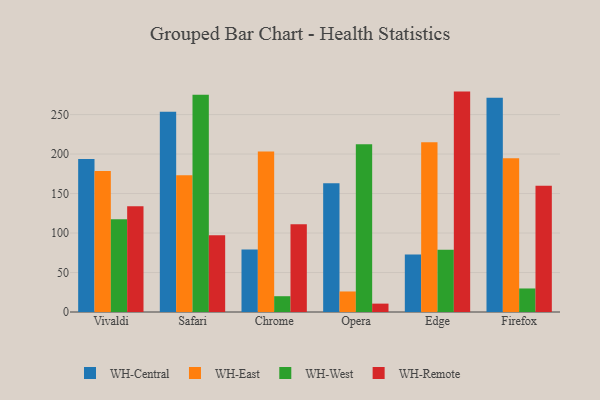
{"axis": {"x": "Browser", "y": "Population (Million)"}, "legend": ["WH-Central", "WH-East", "WH-Remote", "WH-West"], "data": [{"x": "Vivaldi", "y": 193.6, "type": "WH-Central"}, {"x": "Vivaldi", "y": 178.4, "type": "WH-East"}, {"x": "Vivaldi", "y": 117.3, "type": "WH-West"}, {"x": "Vivaldi", "y": 133.8, "type": "WH-Remote"}, {"x": "Safari", "y": 253.5, "type": "WH-Central"}, {"x": "Safari", "y": 173.3, "type": "WH-East"}, {"x": "Safari", "y": 275.2, "type": "WH-West"}, {"x": "Safari", "y": 97.2, "type": "WH-Remote"}, {"x": "Chrome", "y": 79.2, "type": "WH-Central"}, {"x": "Chrome", "y": 203.3, "type": "WH-East"}, {"x": "Chrome", "y": 20.0, "type": "WH-West"}, {"x": "Chrome", "y": 111.1, "type": "WH-Remote"}, {"x": "Opera", "y": 163.1, "type": "WH-Central"}, {"x": "Opera", "y": 26.0, "type": "WH-East"}, {"x": "Opera", "y": 212.3, "type": "WH-West"}, {"x": "Opera", "y": 10.6, "type": "WH-Remote"}, {"x": "Edge", "y": 72.8, "type": "WH-Central"}, {"x": "Edge", "y": 214.9, "type": "WH-East"}, {"x": "Edge", "y": 78.8, "type": "WH-West"}, {"x": "Edge", "y": 279.1, "type": "WH-Remote"}, {"x": "Firefox", "y": 271.3, "type": "WH-Central"}, {"x": "Firefox", "y": 194.8, "type": "WH-East"}, {"x": "Firefox", "y": 29.8, "type": "WH-West"}, {"x": "Firefox", "y": 159.8, "type": "WH-Remote"}]}